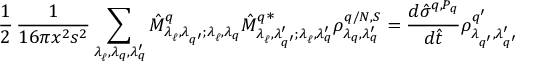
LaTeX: { \frac { 1 } { 2 } } \, \frac { 1 } { 1 6 \pi x ^ { 2 } s ^ { 2 } } \sum _ { \lambda _ { \ell } ^ { \, } , \lambda _ { q } ^ { \, } , \lambda _ { q } ^ { \prime } } \hat { M } _ { \lambda _ { \ell } ^ { \, } , \lambda _ { q ^ { \prime } } ^ { \, } ; \lambda _ { \ell } ^ { \, } , \lambda _ { q } ^ { \, } } ^ { q } \hat { M } _ { \lambda _ { \ell } ^ { \, } , \lambda _ { q ^ { \prime } } ^ { \prime } ; \lambda _ { \ell } ^ { \, } , \lambda _ { q } ^ { \prime } } ^ { q \textstyle { * } } \rho _ { \lambda _ { q } ^ { \, } , \lambda _ { q } ^ { \prime } } ^ { q / N , S } = \frac { d \hat { \sigma } ^ { q , P _ { q } } } { d \hat { t } } \rho _ { \lambda _ { q ^ { \prime } } ^ { \, } , \lambda _ { q ^ { \prime } } ^ { \prime } } ^ { q ^ { \prime } }